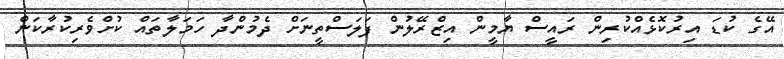
އޭގެ ކުޑަ އިރުކޮޅެއްކުރިން ރައީސް ޔާމީން އިޒްރޭލުން ފަލަސްތީނަށް ދެމުންދާ ހަމަލާތައް ކުށްވެރިކުރާކަން